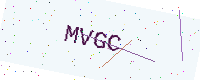
Text: MVGC